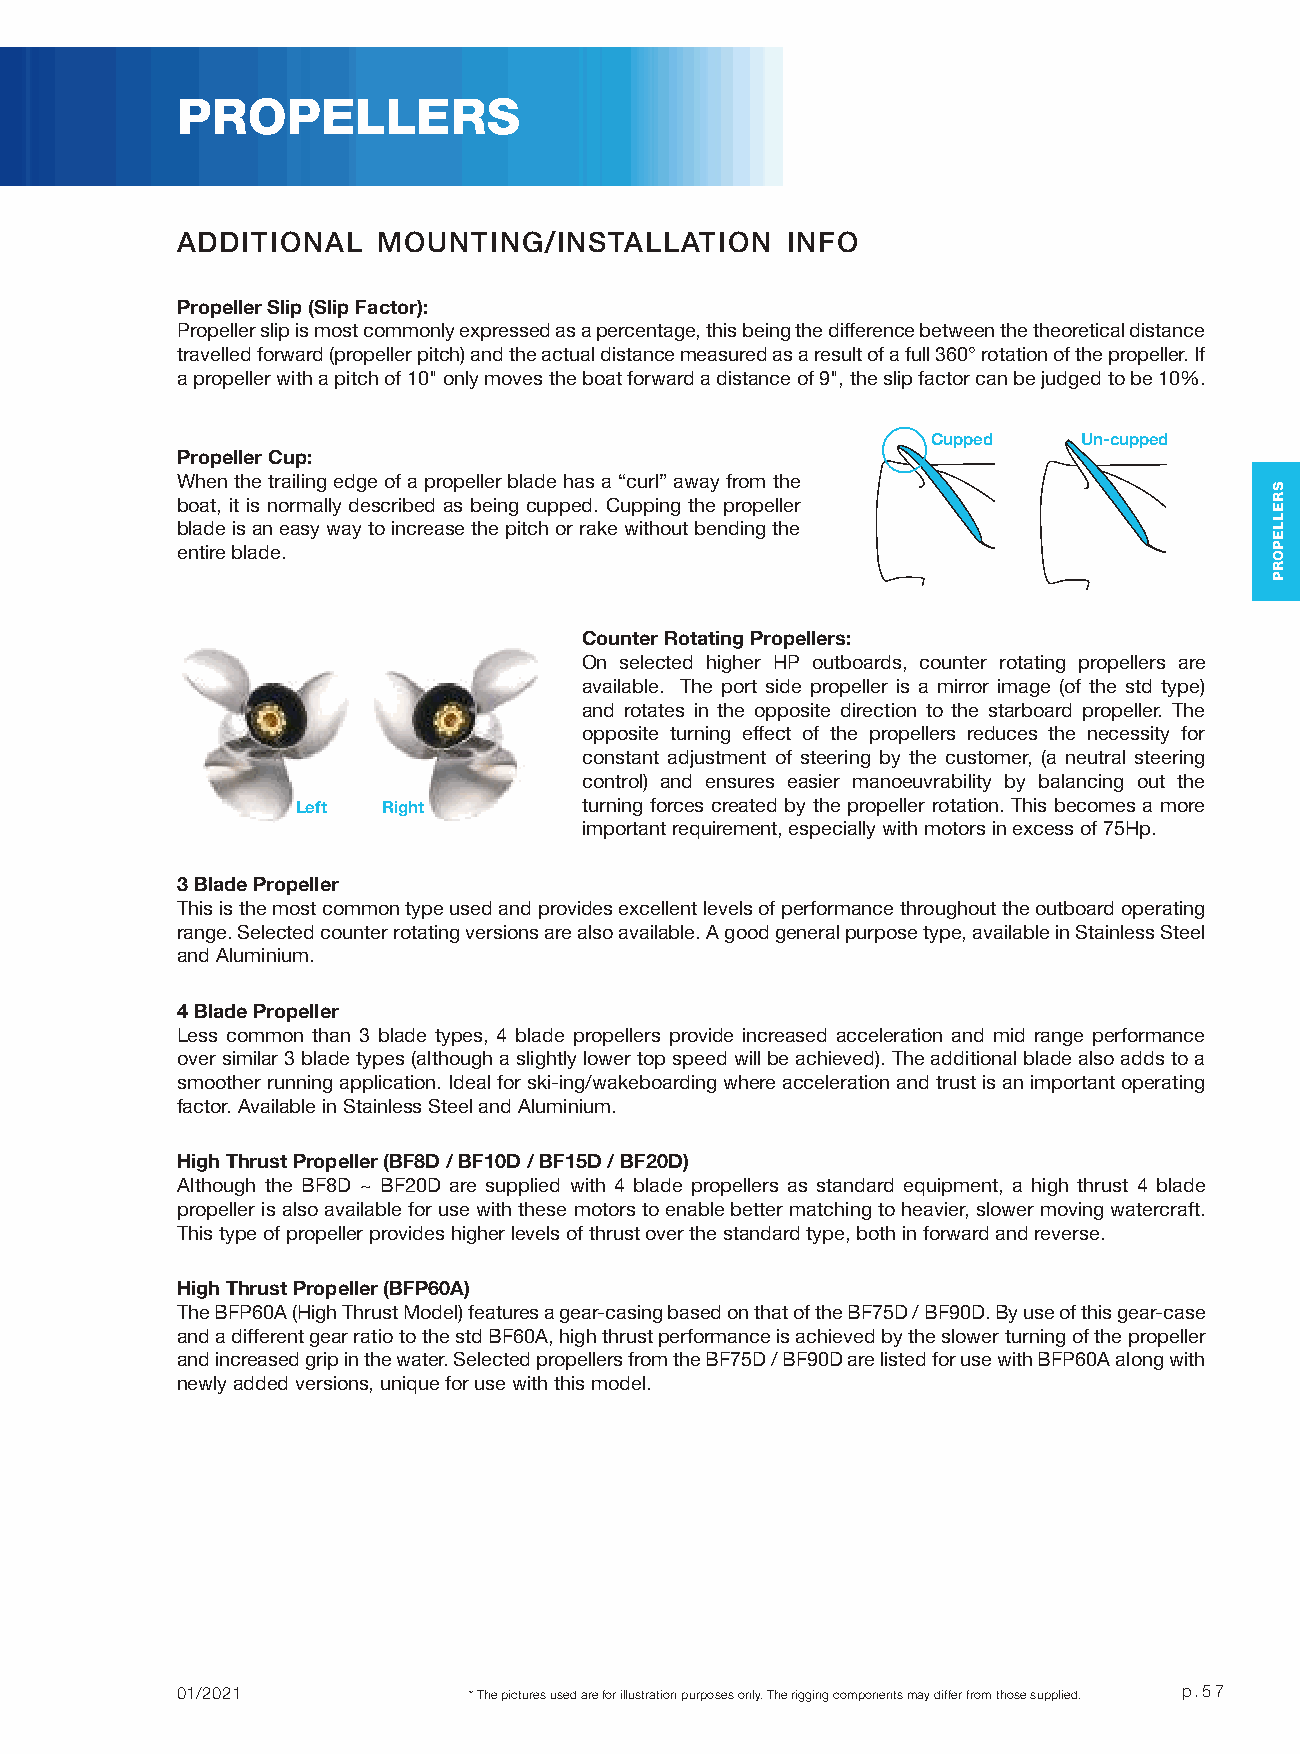
PROPELLERS
 ADDITIONAL   MOUNTING/INSTALLATION      INFO
 Propeller Slip (Slip Factor):
 Propeller slip is most commonly expressed as a percentage, this being the difference between the theoretical distance
 travelled forward (propeller pitch) and the actual distance measured as a result of a full 360° rotation of the propeller. If
 a propeller with a pitch of 10" only moves the boat forward a distance of 9", the slip factor can be judged to be 10%.
 Cupped    Un-cupped
 Propeller Cup:
 When the trailing edge of a propeller blade has a “curl” away from the
 boat, it is normally described as being cupped. Cupping the propeller
 blade is an easy way to increase the pitch or rake without bending the
 entire blade.
 Counter Rotating Propellers:
 On selected higher HP outboards, counter rotating propellers are
 available. The port side propeller is a mirror image (of the std type)
 and rotates in the opposite direction to the starboard propeller. The
 opposite turning effect of the propellers reduces the necessity for
 constant adjustment of steering by the customer, (a neutral steering
 control) and ensures easier manoeuvrability by balancing out the
 Left Right         turning forces created by the propeller rotation. This becomes a more
 important requirement, especially with motors in excess of 75Hp.
 3 Blade Propeller
 This is the most common type used and provides excellent levels of performance throughout the outboard operating
 range. Selected counter rotating versions are also available. A good general purpose type, available in Stainless Steel
 and Aluminium.
 4 Blade Propeller
 Less common than 3 blade types, 4 blade propellers provide increased acceleration and mid range performance
 over similar 3 blade types (although a slightly lower top speed will be achieved). The additional blade also adds to a
 smoother running application. Ideal for ski-ing/wakeboarding where acceleration and trust is an important operating
 factor. Available in Stainless Steel and Aluminium.
 High Thrust Propeller (BF8D / BF10D / BF15D / BF20D)
 Although the BF8D ~ BF20D are supplied with 4 blade propellers as standard equipment, a high thrust 4 blade
 propeller is also available for use with these motors to enable better matching to heavier, slower moving watercraft.
 This type of propeller provides higher levels of thrust over the standard type, both in forward and reverse.
 High Thrust Propeller (BFP60A)
 The BFP60A (High Thrust Model) features a gear-casing based on that of the BF75D / BF90D. By use of this gear-case
 and a different gear ratio to the std BF60A, high thrust performance is achieved by the slower turning of the propeller
 and increased grip in the water. Selected propellers from the BF75D / BF90D are listed for use with BFP60A along with
 newly added versions, unique for use with this model.
 01/2021            * The pictures used are for illustration purposes only. The rigging components may differ from those supplied. p.57
 SRELLEPORP